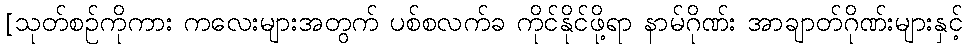
[သုတ်စဉ်ကိုကား ကလေးများအတွက် ပစ်စလက်ခ ကိုင်နိုင်ဖို့ရာ နာမ်ဂိုဏ်း အာချာတ်ဂိုဏ်းများနှင့်